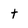
Character: t